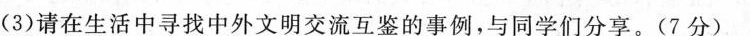
(3)请在生活中寻找中外文明交流互鉴的事例，与同学们分享。(7分)